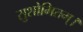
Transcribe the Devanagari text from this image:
सुशोभितम्।